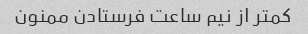
کمتر از نیم ساعت فرستادن ممنون